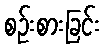
စဉ်းစားခြင်း